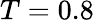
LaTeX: T=0.8